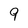
Character: 9